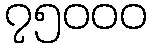
၇၅၀၀၀